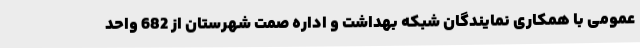
عمومی با همکاری نمایندگان شبکه بهداشت و اداره صمت شهرستان از 682 واحد